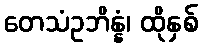
တေသံဥဘိန္နံ၊ ထိုနှစ်